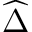
\widehat { \Delta }